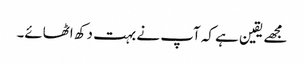
مجھے یقین ہے کہ آپ نے بہت دکھ اٹھائے۔